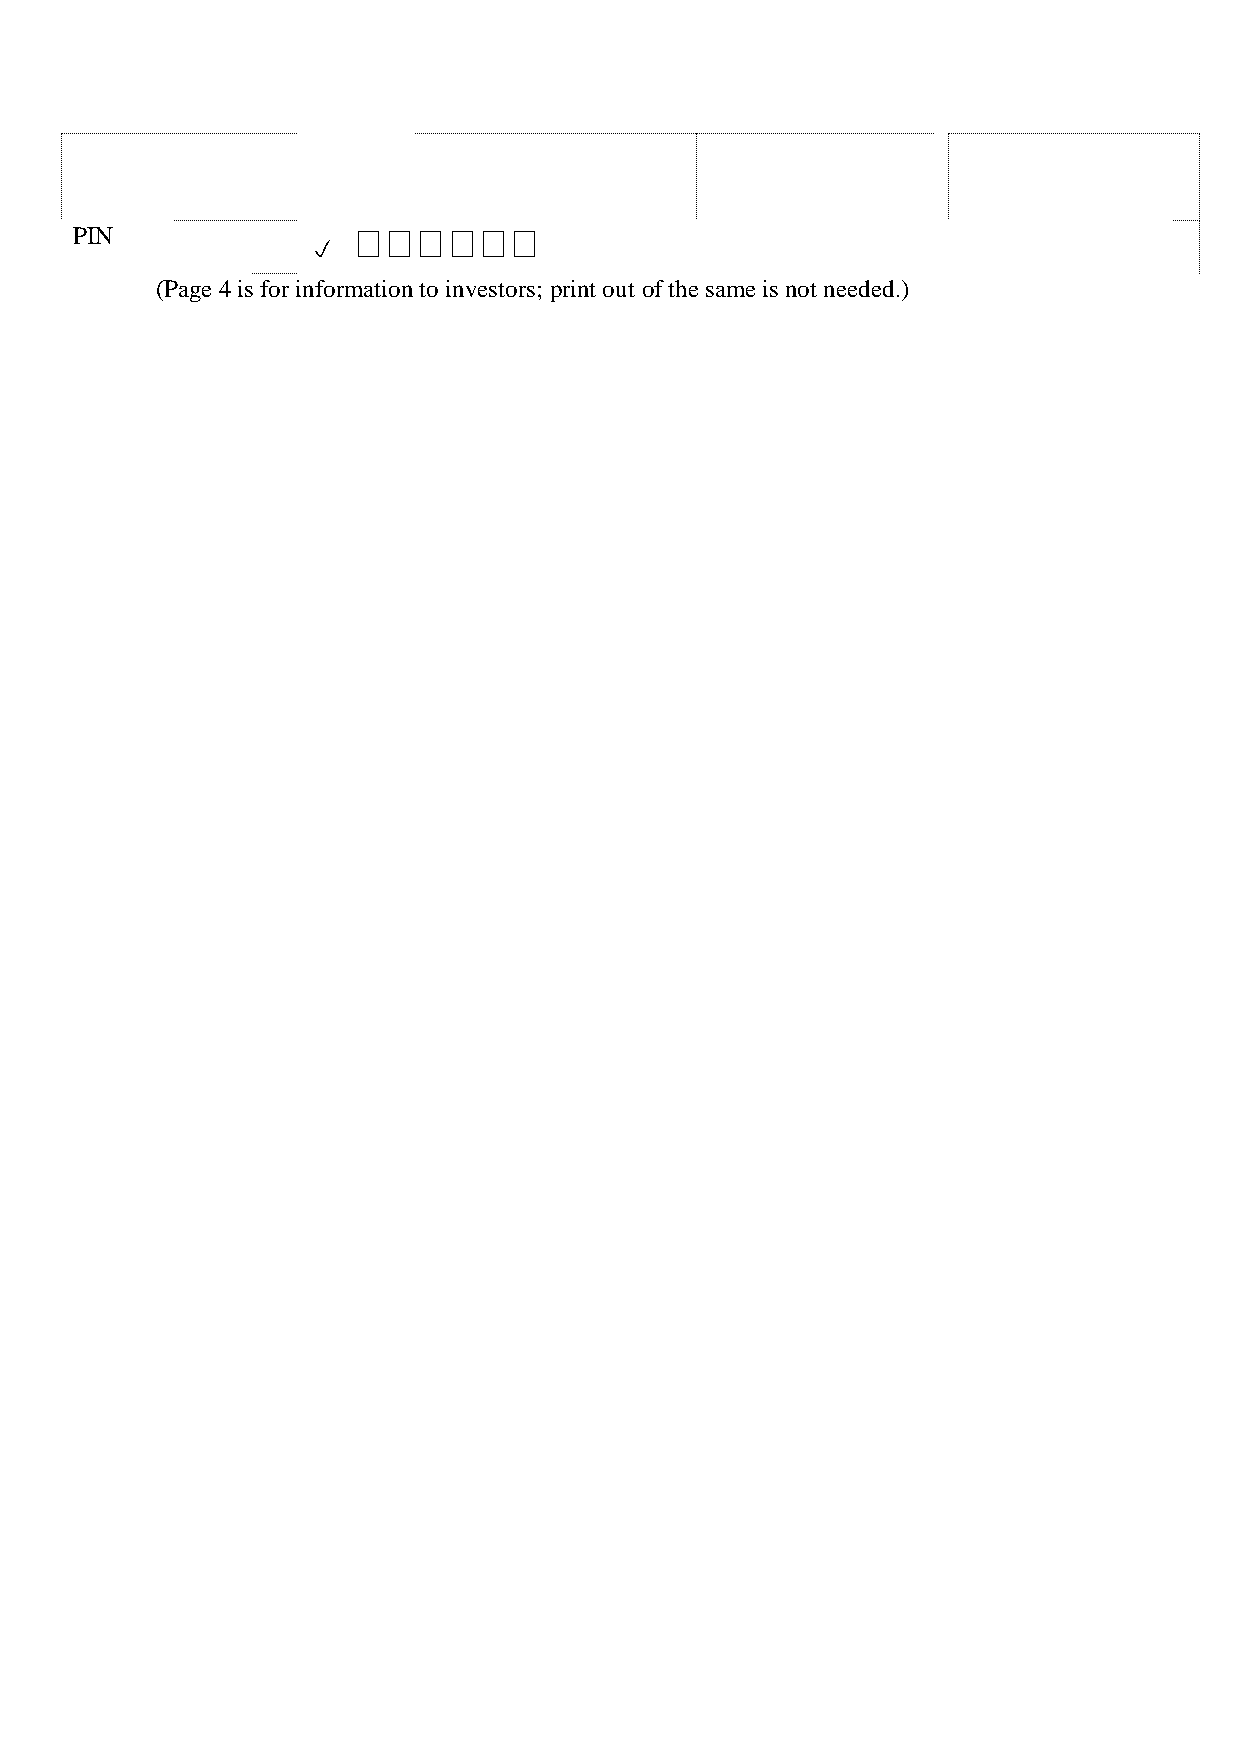
PIN                󠄀󠄀󠄀󠄀󠄀󠄀󠄀
 
 (Page 4 is for information to investors; print out of the same is not needed.)